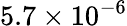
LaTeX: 5.7\times 10^{-6}